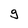
Character: g